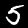
Digit: 5